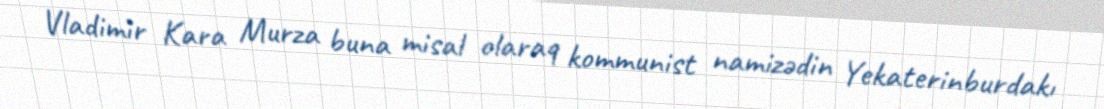
Vladimir Kara Murza buna misal olaraq kommunist namizədin Yekaterinburdakı